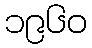
၁၉၆၀